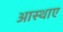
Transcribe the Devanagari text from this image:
आस्थाए